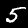
Digit: 5